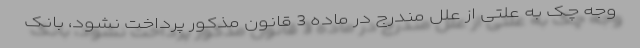
وجه چک به علتی از علل مندرج در ماده 3 قانون مذکور پرداخت نشود، بانک